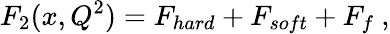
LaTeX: F_{2}(x,Q^{2})=F_{hard}+F_{soft}+F_{f}\ ,